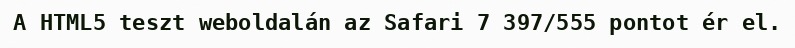
A HTML5 teszt weboldalán az Safari 7 397/555 pontot ér el.